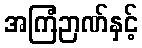
အကြံဉာဏ်နှင့်